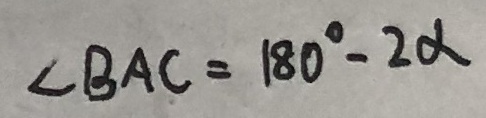
\angle B A C = 1 8 0 ^ { \circ } - 2 \alpha